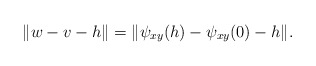
\begin{align*}\|w-v-h\|=\|\psi _{xy} (h)-\psi _{xy}(0)-h\|.\end{align*}